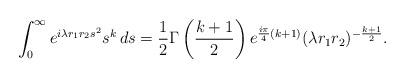
LaTeX: \begin{align*}\int_0^\infty e^{i \lambda r_1 r_2 s^2} s^k\,ds = \frac 12 \Gamma\left(\frac{k+1}{2}\right)e^{\frac{i\pi}{4}(k+1)}(\lambda r_1 r_2 )^{- \frac{k+1}{2}}.\end{align*}